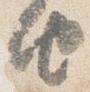
由